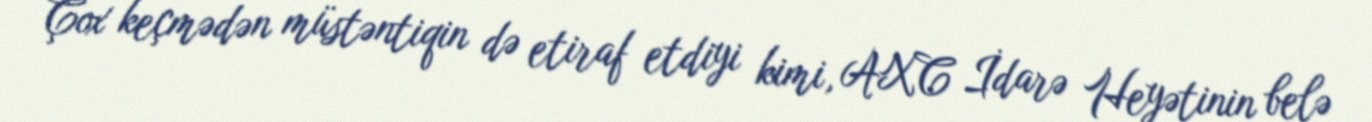
Çox keçmədən müstəntiqin də etiraf etdiyi kimi, AXC İdarə Heyətinin belə